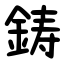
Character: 鋳